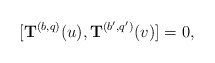
\begin{align*}[{\bf T}^{(b,q)}(u),{\bf T}^{(b',q')}(v)] = 0,\end{align*}